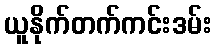
ယူနိုက်တက်ကင်းဒမ်း